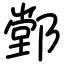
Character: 䣘